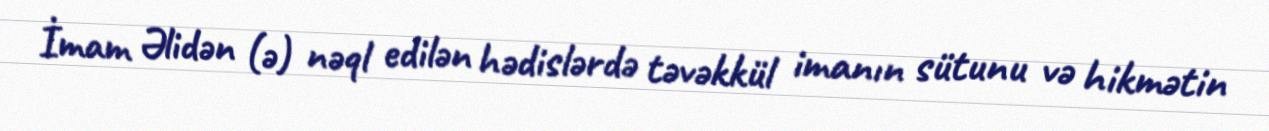
İmam Əlidən (ə) nəql edilən hədislərdə təvəkkül imanın sütunu və hikmətin